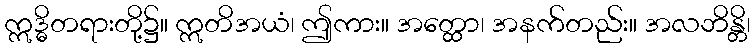
ဣဒ္ဓိတရားတို့၌။ ဣတိအယံ၊ ဤကား။ အတ္ထော၊ အနက်တည်း။ အလဘိန္တိ၊